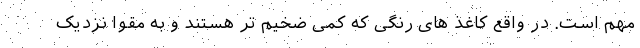
مهم است. در واقع کاغذ های رنگی که کمی ضخیم تر هستند و به مقوا نزدیک